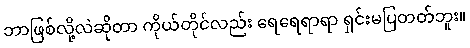
ဘာဖြစ်လို့လဲဆိုတာ ကိုယ်တိုင်လည်း ရေရေရာရာ ရှင်းမပြတတ်ဘူး။